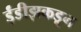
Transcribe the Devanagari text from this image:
ईंडीझकडून